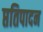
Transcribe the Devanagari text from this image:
प्ततिपादन